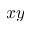
x y